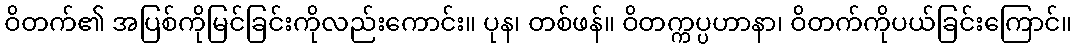
ဝိတက်၏ အပြစ်ကိုမြင်ခြင်းကိုလည်းကောင်း။ ပုန၊ တစ်ဖန်။ ဝိတက္ကပ္ပဟာနာ၊ ဝိတက်ကိုပယ်ခြင်းကြောင်။